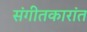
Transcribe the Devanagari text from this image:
संगीतकारांत